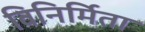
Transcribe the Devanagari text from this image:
विनिर्मिता